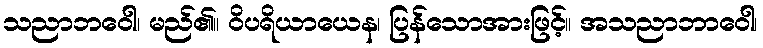
သညာဘဝေါ၊ မည်၏။ ဝိပရိယာယေန၊ ပြန်သောအားဖြင့်။ အသညာဘာဝေါ၊